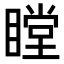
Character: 瞠